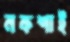
নকশাই